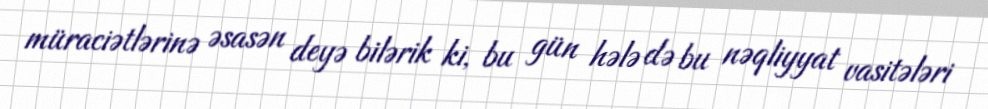
müraciətlərinə əsasən deyə bilərik ki, bu gün hələ də bu nəqliyyat vasitələri